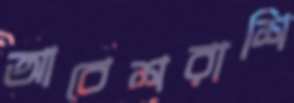
আবেশরাশি